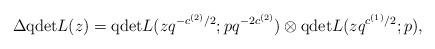
LaTeX: \begin{align*}\Delta \mathrm{qdet} L(z)=\mathrm{qdet} L(zq^{-c^{(2)}/2};pq^{-2c^{(2)}})\otimes \mathrm{qdet} L(zq^{c^{(1)}/2};p),\end{align*}